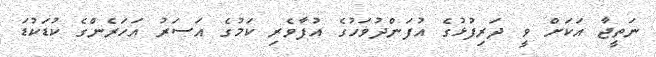
ނަތީޖާ އަކަށް ވީ ދަރިފުޅުގެ އުފަންދުވަހުގެ އުފާވެރި ކަމުގެ އަސަރު އަހަރެންގެ ކުޑަކުޑަ